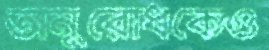
অনুরোধকেও